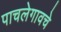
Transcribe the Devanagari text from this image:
पाचलेगावचे